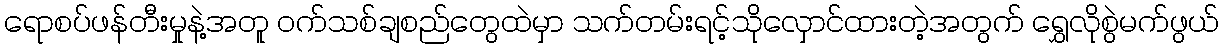
ရောစပ်ဖန်တီးမှုနဲ့အတူ ဝက်သစ်ချစည်တွေထဲမှာ သက်တမ်းရင့်သိုလှောင်ထားတဲ့အတွက် ရွှေလိုစွဲမက်ဖွယ်